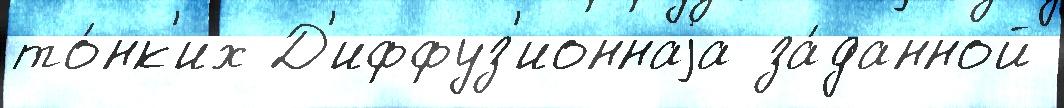
то́нк'их Д'иффуз'ионнаjа за́данной